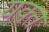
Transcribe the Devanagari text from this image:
यक्त